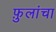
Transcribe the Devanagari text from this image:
फ़ुलांचा